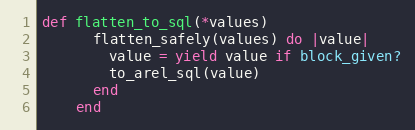
Language: Ruby
def flatten_to_sql(*values)
      flatten_safely(values) do |value|
        value = yield value if block_given?
        to_arel_sql(value)
      end
    end